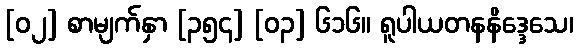
[၀၂] စာမျက်နှာ [၃၅၄] [၀၃] ၆၁၆။ ရူပါယတနနိဒ္ဒေသေ၊